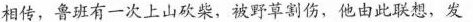
相传，鲁班有一次上山砍柴，被野草割伤，他由此联想，发